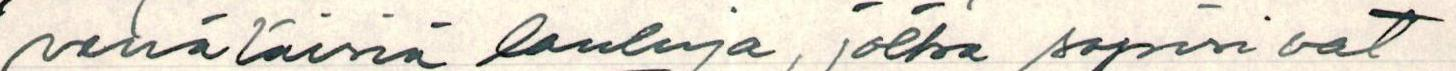
venäläisiä lauluja, jotka sopisivat